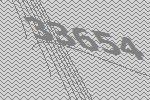
33654